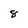
Character: 8